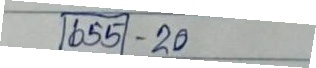
655 - 20